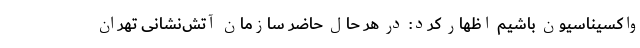
واکسیناسیون باشیم اظهار کرد: در هر حال حاضر سازمان آتش‌نشانی تهران